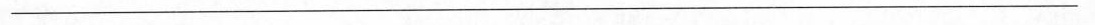
\underline